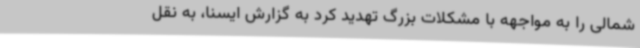
‌شمالی را به مواجهه با مشکلات بزرگ تهدید کرد به گزارش ایسنا، به نقل